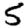
Digit: 5